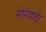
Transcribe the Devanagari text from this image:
सोनेवाडी